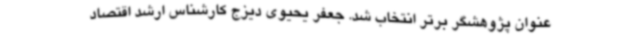
عنوان پژوهشگر برتر انتخاب شد. جعفر یحیوی دیزج کارشناس ارشد اقتصاد